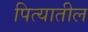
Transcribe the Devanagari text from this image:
पित्यातील